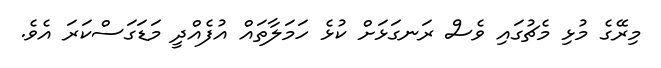
މިރޭގެ މުޅި މެޗުގައި ވެސް ރަނގަޅަށް ކުޅެ ހަމަލާތައް އުފެއްދީ މަޑަގަސްކަރަ އެވެ.